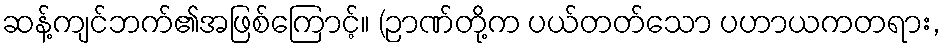
ဆန့်ကျင်ဘက်၏အဖြစ်ကြောင့်။ (ဉာဏ်တို့က ပယ်တတ်သော ပဟာယကတရား,